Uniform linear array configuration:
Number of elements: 8
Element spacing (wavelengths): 1
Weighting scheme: uniform
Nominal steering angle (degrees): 45
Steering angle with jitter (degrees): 46.744
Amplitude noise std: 0.05
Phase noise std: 0.05

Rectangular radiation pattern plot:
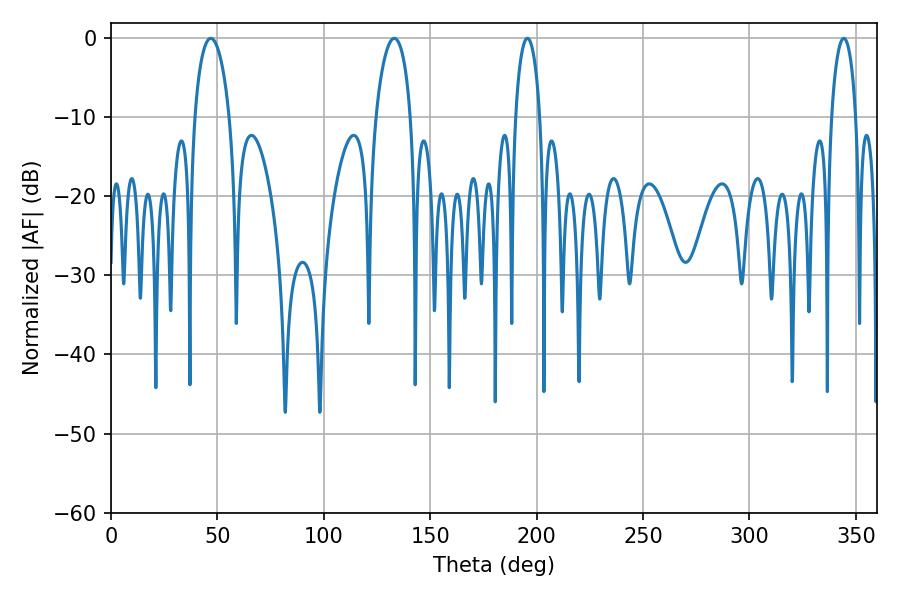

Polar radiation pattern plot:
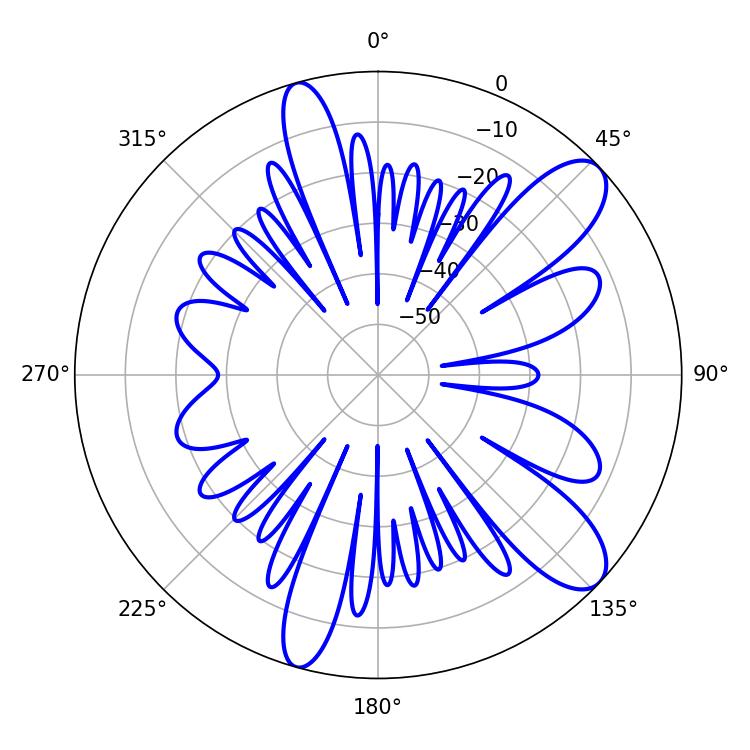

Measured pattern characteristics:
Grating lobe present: TRUE
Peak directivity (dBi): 10.153
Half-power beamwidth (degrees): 6.48
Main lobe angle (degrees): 195.66